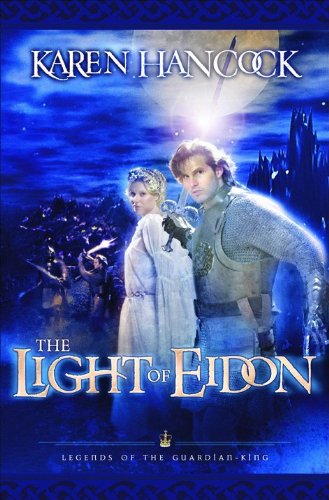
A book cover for Light of Eidon (Legends of the Guardian-King, Book 1); Karen Hancock; Religion & Spirituality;